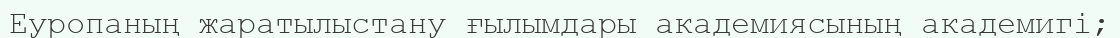
Еуропаның жаратылыстану ғылымдары академиясының академигі;